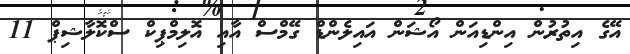
އޭގެ އިތުރުން އިންޑިއަން އޯޝަން އައިލެންޑް ގޭމްސް އާއި އޮލިމްޕިކް ސްކޮލާޝިޕް 11